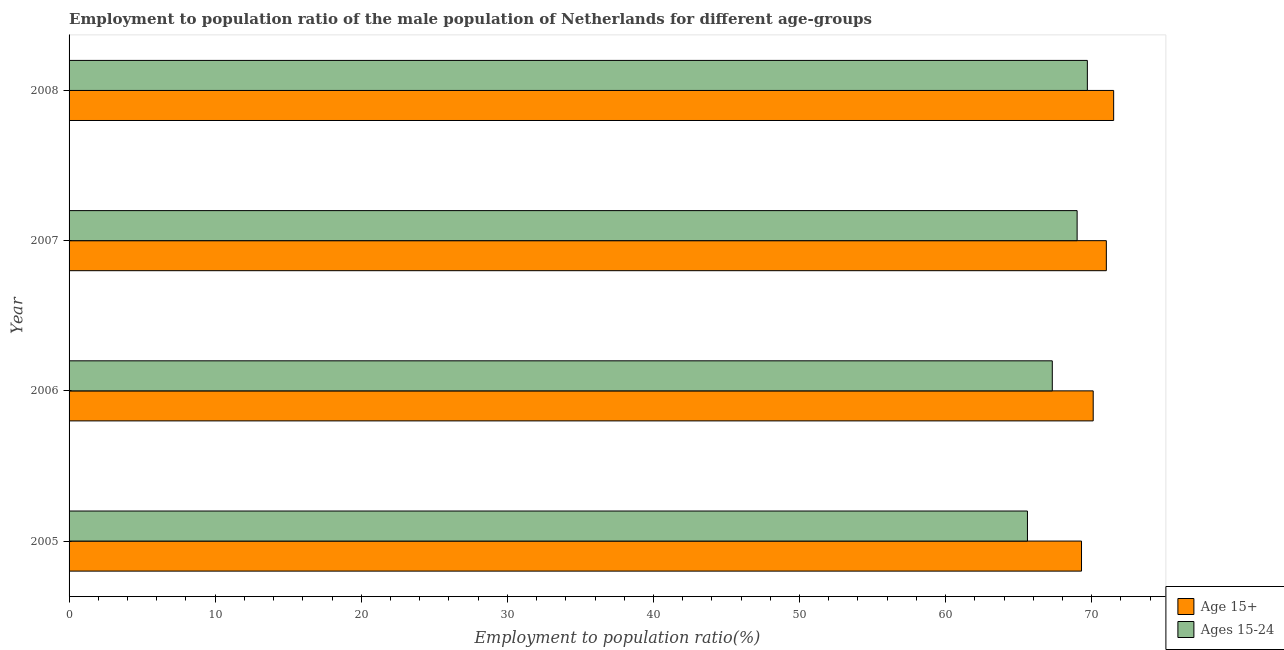
| Year | Age 15+ | Ages 15-24 |
 | --- | --- | --- |
 | 2005 | 69.3 | 65.6 |
 | 2006 | 70.1 | 67.3 |
 | 2007 | 71 | 69 |
 | 2008 | 71.5 | 69.7 |